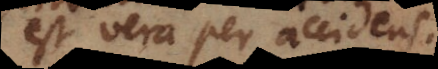
est an per accidens